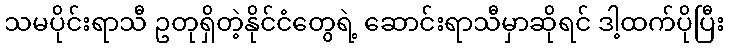
သမပိုင်းရာသီ ဥတုရှိတဲ့နိုင်ငံတွေရဲ့ ဆောင်းရာသီမှာဆိုရင် ဒါ့ထက်ပိုပြီး